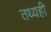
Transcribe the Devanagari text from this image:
तथ्यही